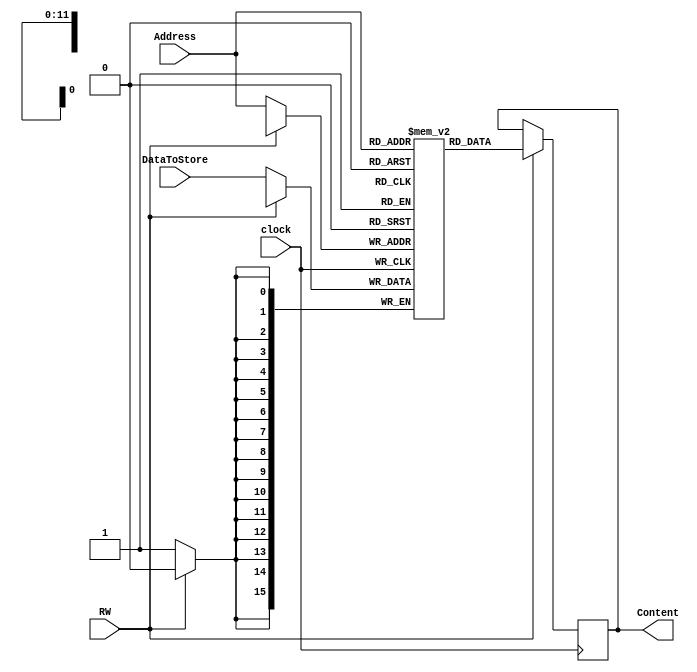
`timescale 1ns / 1ps
//////////////////////////////////////////////////////////////////////////////////
// Company: 
// Engineer: 
// 
// Design Name: 
// Module Name:    DataMemory 
// Project Name: 
// Target Devices: 
// Tool versions: 
// Description: 
//
// Dependencies: 
//
// Revision: 
// Revision 0.01 - File Created
// Additional Comments: 
//
//////////////////////////////////////////////////////////////////////////////////
module DataMemory( input [11:0]Address, input [15:0]DataToStore, input clock,input RW,output [15:0]Content);

	reg [15:0] MemArray [0:4095];
	reg [15:0] DataOut;

	
	always @(posedge clock)
	begin
		if(RW == 1'b1) //read
		begin
			DataOut <= MemArray[Address];
		end
		else if(RW == 1'b0) //write
		begin
			MemArray[Address] <= DataToStore;
		end
	end
	assign Content = DataOut;
endmodule